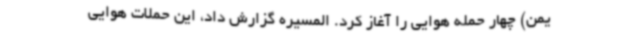
یمن) چهار حمله هوایی را آغاز کرد. المسیره گزارش داد، این حملات هوایی